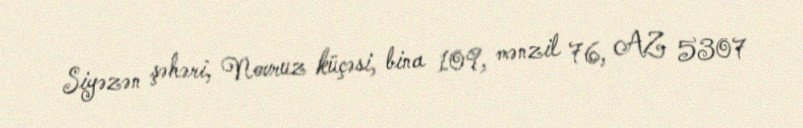
Siyəzən şəhəri, Novruz küçəsi, bina 109, mənzil 76, AZ 5307